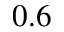
0 . 6